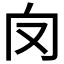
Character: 𠬦